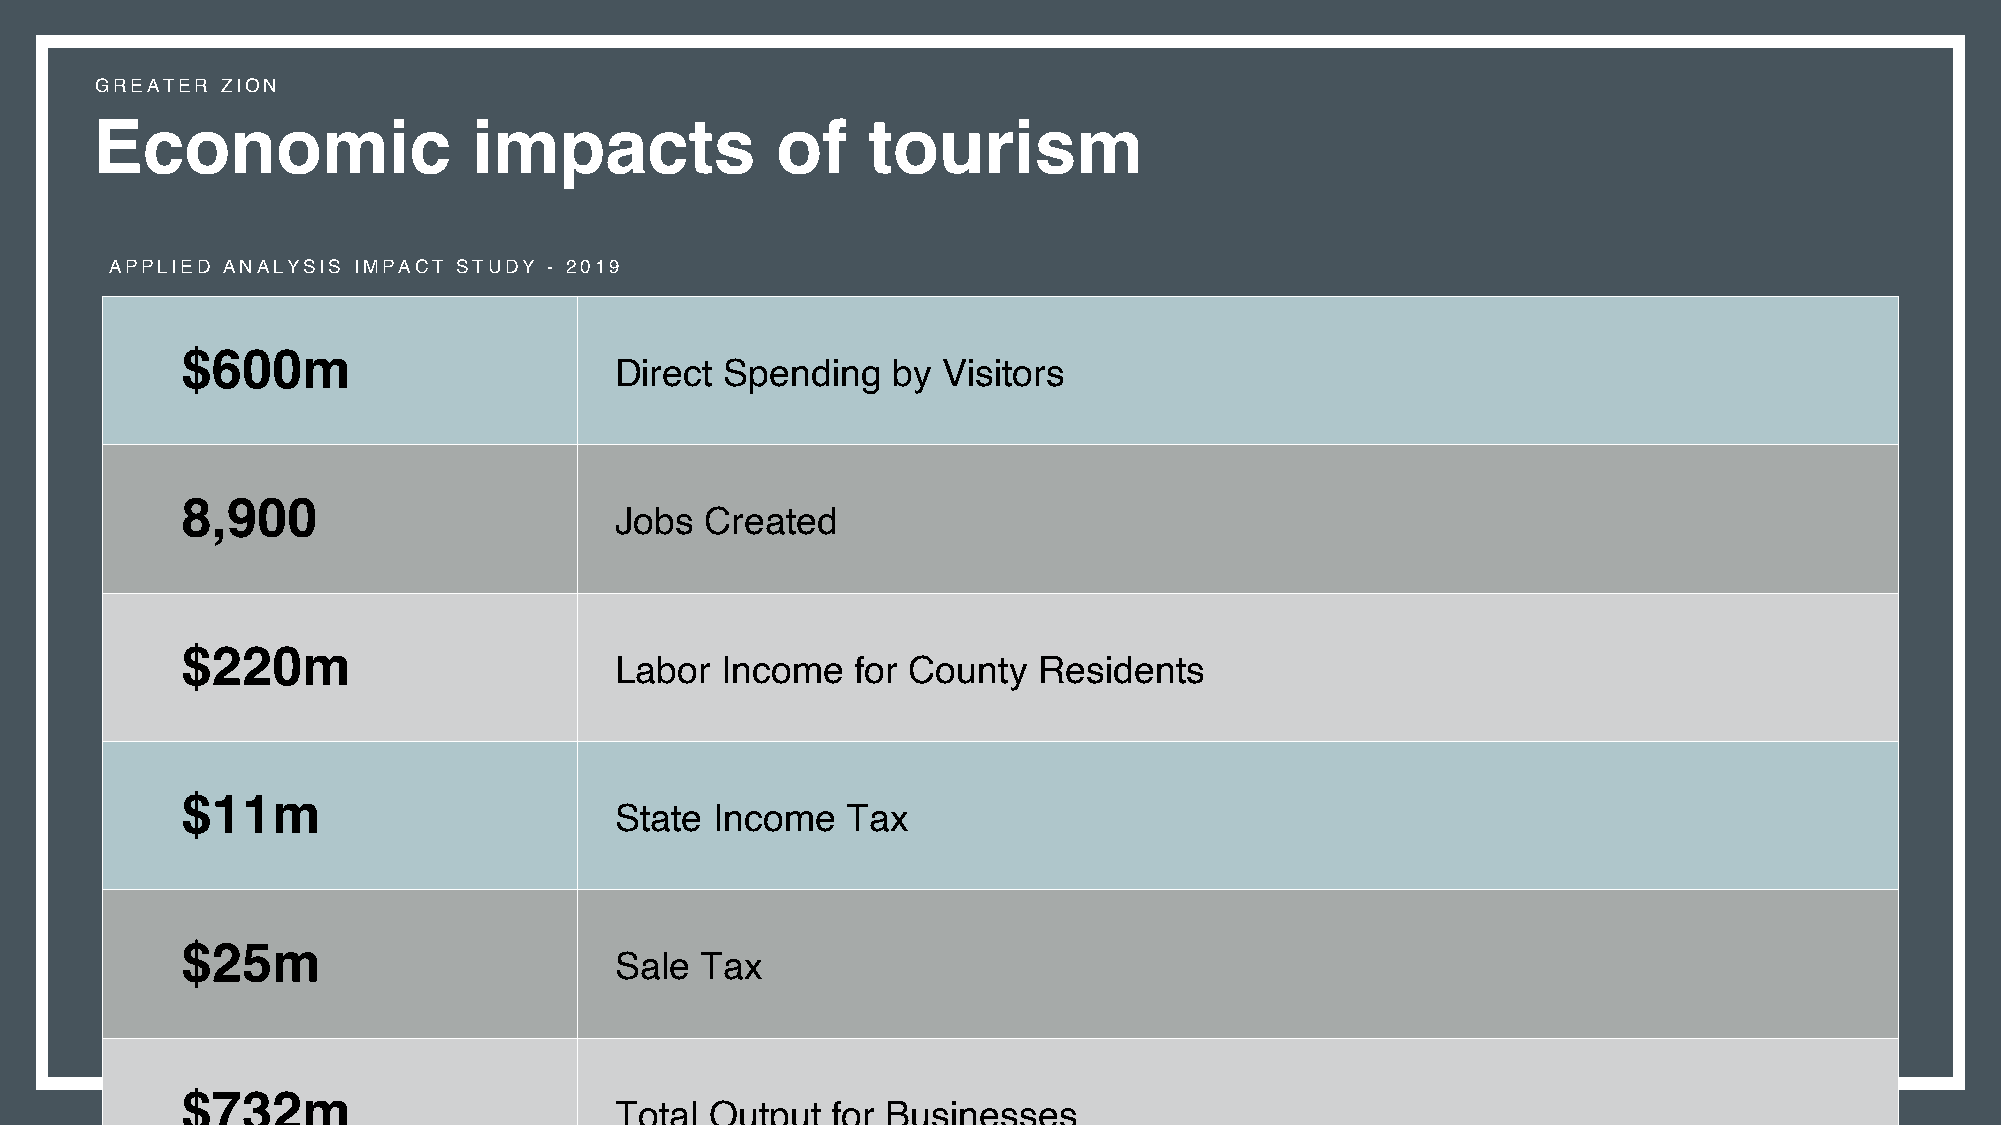
GREATER  ZION
 Economic                 impacts             of    tourism
 APPLIED ANALYSIS IMPACT STUDY - 2019
 $600m
 Direct Spending   by Visitors
 8,900
 Jobs  Created
 $220m
 Labor  Income   for County  Residents
 $11m
 State Income   Tax
 $25m
 Sale Tax
 $732m
 Total Output  for Businesses